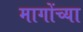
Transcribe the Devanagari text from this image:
मागोंच्या